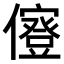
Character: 𠐏